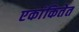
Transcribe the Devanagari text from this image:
एकांकितेत